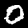
Digit: 0